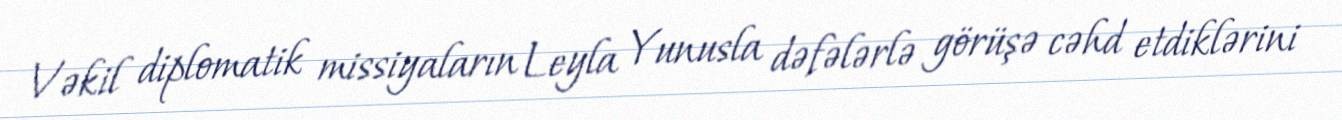
Vəkil diplomatik missiyaların Leyla Yunusla dəfələrlə görüşə cəhd etdiklərini